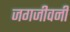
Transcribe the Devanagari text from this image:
जगजीवनी